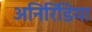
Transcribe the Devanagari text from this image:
अनिरिडिया